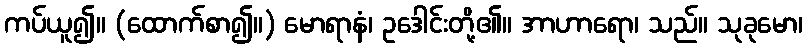
ကပ်ယူ၍။ (ထောက်စာ၍။) မောရာနံ၊ ဥဒေါင်းတို့၏။ အာဟာရော၊ သည်။ သုခုမော၊